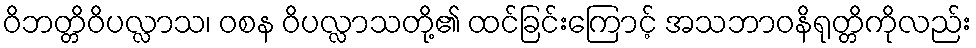
ဝိဘတ္တိဝိပလ္လာသ၊ ဝစန ဝိပလ္လာသတို့၏ ထင်ခြင်းကြောင့် အသဘာဝနိရုတ္တိကိုလည်း